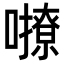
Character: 𡃔